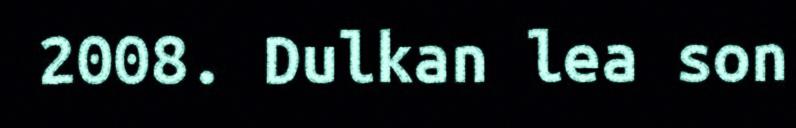
2008. Dulkan lea son